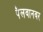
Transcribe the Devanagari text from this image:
पैलवानवर